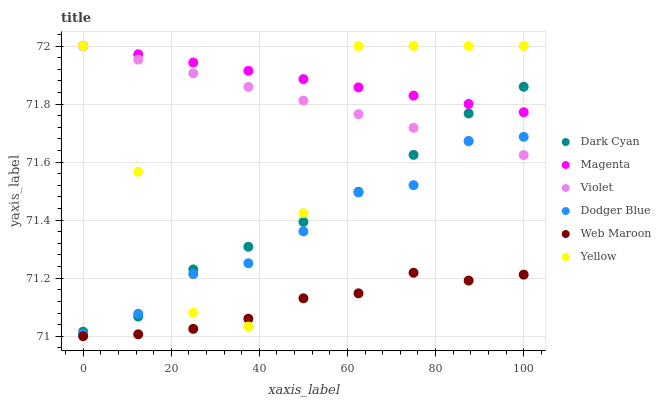
| xaxis_label | Dark Cyan | Magenta | Violet | Dodger Blue | Web Maroon | Yellow |
 | --- | --- | --- | --- | --- | --- | --- |
 | 0 | 71 | 72 | 72 | 71 | 71 | 72 |
 | 12.5 | 71.1 | 72 | 72 | 71.1 | 71 | 71.6 |
 | 25 | 71.2 | 71.9 | 71.9 | 71.2 | 71 | 71.1 |
 | 37.5 | 71.3 | 71.9 | 71.9 | 71.3 | 71.1 | 71 |
 | 50 | 71.4 | 71.9 | 71.8 | 71.4 | 71.1 | 71.4 |
 | 62.5 | 71.5 | 71.9 | 71.8 | 71.5 | 71.1 | 72 |
 | 75 | 71.6 | 71.8 | 71.7 | 71.5 | 71.2 | 72 |
 | 87.5 | 71.8 | 71.8 | 71.7 | 71.7 | 71.2 | 72 |
 | 100 | 71.9 | 71.8 | 71.6 | 71.7 | 71.2 | 72 |